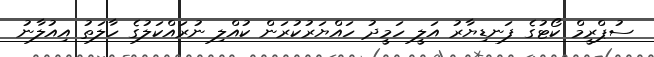
ސުޕްރީމް ކޯޓުގެ ފަނޑިޔާރު އަލީ ހަމީދު ހައްޔަރުކުރަން ކުއްލި ނުރައްކަލުގެ ހާލަތު އިއުލާނު